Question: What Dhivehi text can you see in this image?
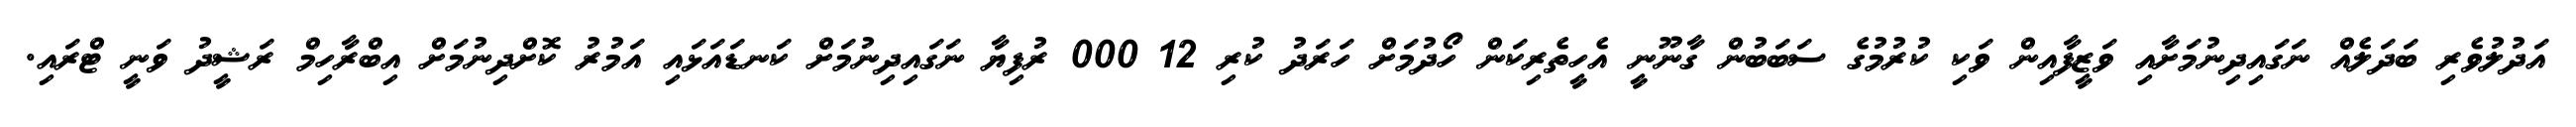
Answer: އަދުލުވެރި ބަދަލެއް ނަގައިދިނުމަށާއި ވަޒީފާއިން ވަކި ކުރުމުގެ ސަބަބުން ގާނޫނީ އެހީތެރިކަން ހޯދުމަށް ހަރަދު ކުރި 12 000 ރުފިޔާ ނަގައިދިނުމަށް ކަނޑައަޅައި އަމުރު ކޮށްދިނުމަށް އިބްރާހިމް ރަޝީދު ވަނީ ޓްރައި.